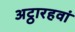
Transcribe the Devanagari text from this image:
अट्ठारहवां